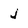
Character: j